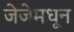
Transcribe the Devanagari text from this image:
जेजेमधून